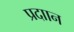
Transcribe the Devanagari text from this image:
प्रदाान